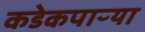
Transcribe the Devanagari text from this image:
कडेकपाऱ्या